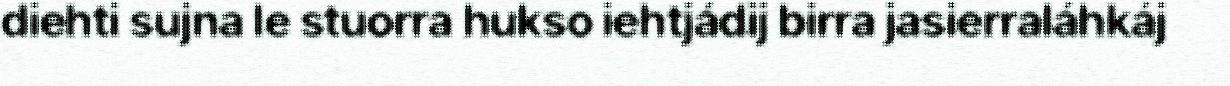
diehti sujna le stuorra hukso iehtjádij birra jasierraláhkáj